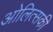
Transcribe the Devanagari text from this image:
ओलित्सकी